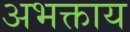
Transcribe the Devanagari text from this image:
अभक्ताय